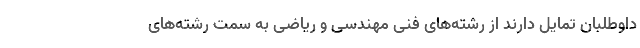
داوطلبان تمایل دارند از رشته‌های فنی مهندسی و ریاضی به سمت رشته‌های